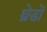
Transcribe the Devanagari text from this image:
थ्रेडों